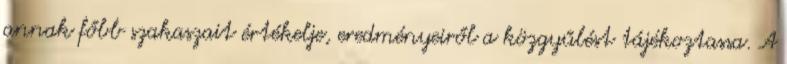
annak főbb szakaszait értékelje, eredményeiről a közgyűlést tájékoztassa. A